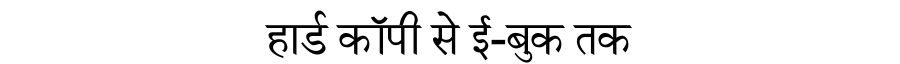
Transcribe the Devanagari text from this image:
हार्ड कॉपी से ई-बुक तक